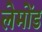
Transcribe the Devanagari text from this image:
लेमोंड